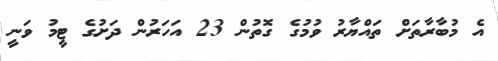
އެ މުބާރާތަށް ތައްޔާރު ވުމުގެ ގޮތުން 23 އަހަރުން ދަށުގެ ޓީމު ވަނީ